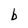
Character: b